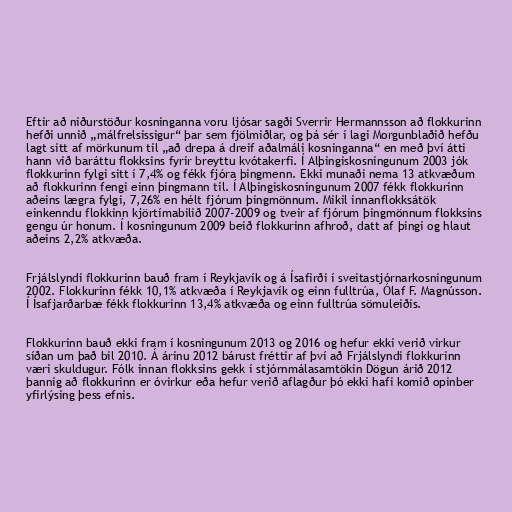
Eftir að niðurstöður kosninganna voru ljósar sagði Sverrir Hermannsson að flokkurinn
hefði unnið „málfrelsissigur“ þar sem fjölmiðlar, og þá sér í lagi Morgunblaðið hefðu
lagt sitt af mörkunum til „að drepa á dreif aðalmáli kosninganna“ en með því átti
hann við baráttu flokksins fyrir breyttu kvótakerfi. Í Alþingiskosningunum 2003 jók
flokkurinn fylgi sitt í 7,4% og fékk fjóra þingmenn. Ekki munaði nema 13 atkvæðum
að flokkurinn fengi einn þingmann til. Í Alþingiskosningunum 2007 fékk flokkurinn
aðeins lægra fylgi, 7,26% en hélt fjórum þingmönnum. Mikil innanflokksátök
einkenndu flokkinn kjörtímabilið 2007-2009 og tveir af fjórum þingmönnum flokksins
gengu úr honum. Í kosningunum 2009 beið flokkurinn afhroð, datt af þingi og hlaut
aðeins 2,2% atkvæða.

Frjálslyndi flokkurinn bauð fram í Reykjavík og á Ísafirði í sveitastjórnarkosningunum
2002. Flokkurinn fékk 10,1% atkvæða í Reykjavík og einn fulltrúa, Ólaf F. Magnússon.
Í Ísafjarðarbæ fékk flokkurinn 13,4% atkvæða og einn fulltrúa sömuleiðis.

Flokkurinn bauð ekki fram í kosningunum 2013 og 2016 og hefur ekki verið virkur
síðan um það bil 2010. Á árinu 2012 bárust fréttir af því að Frjálslyndi flokkurinn
væri skuldugur. Fólk innan flokksins gekk í stjórnmálasamtökin Dögun árið 2012
þannig að flokkurinn er óvirkur eða hefur verið aflagður þó ekki hafi komið opinber
yfirlýsing þess efnis.